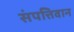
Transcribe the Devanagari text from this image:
संपत्तिवान